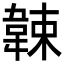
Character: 𩎯